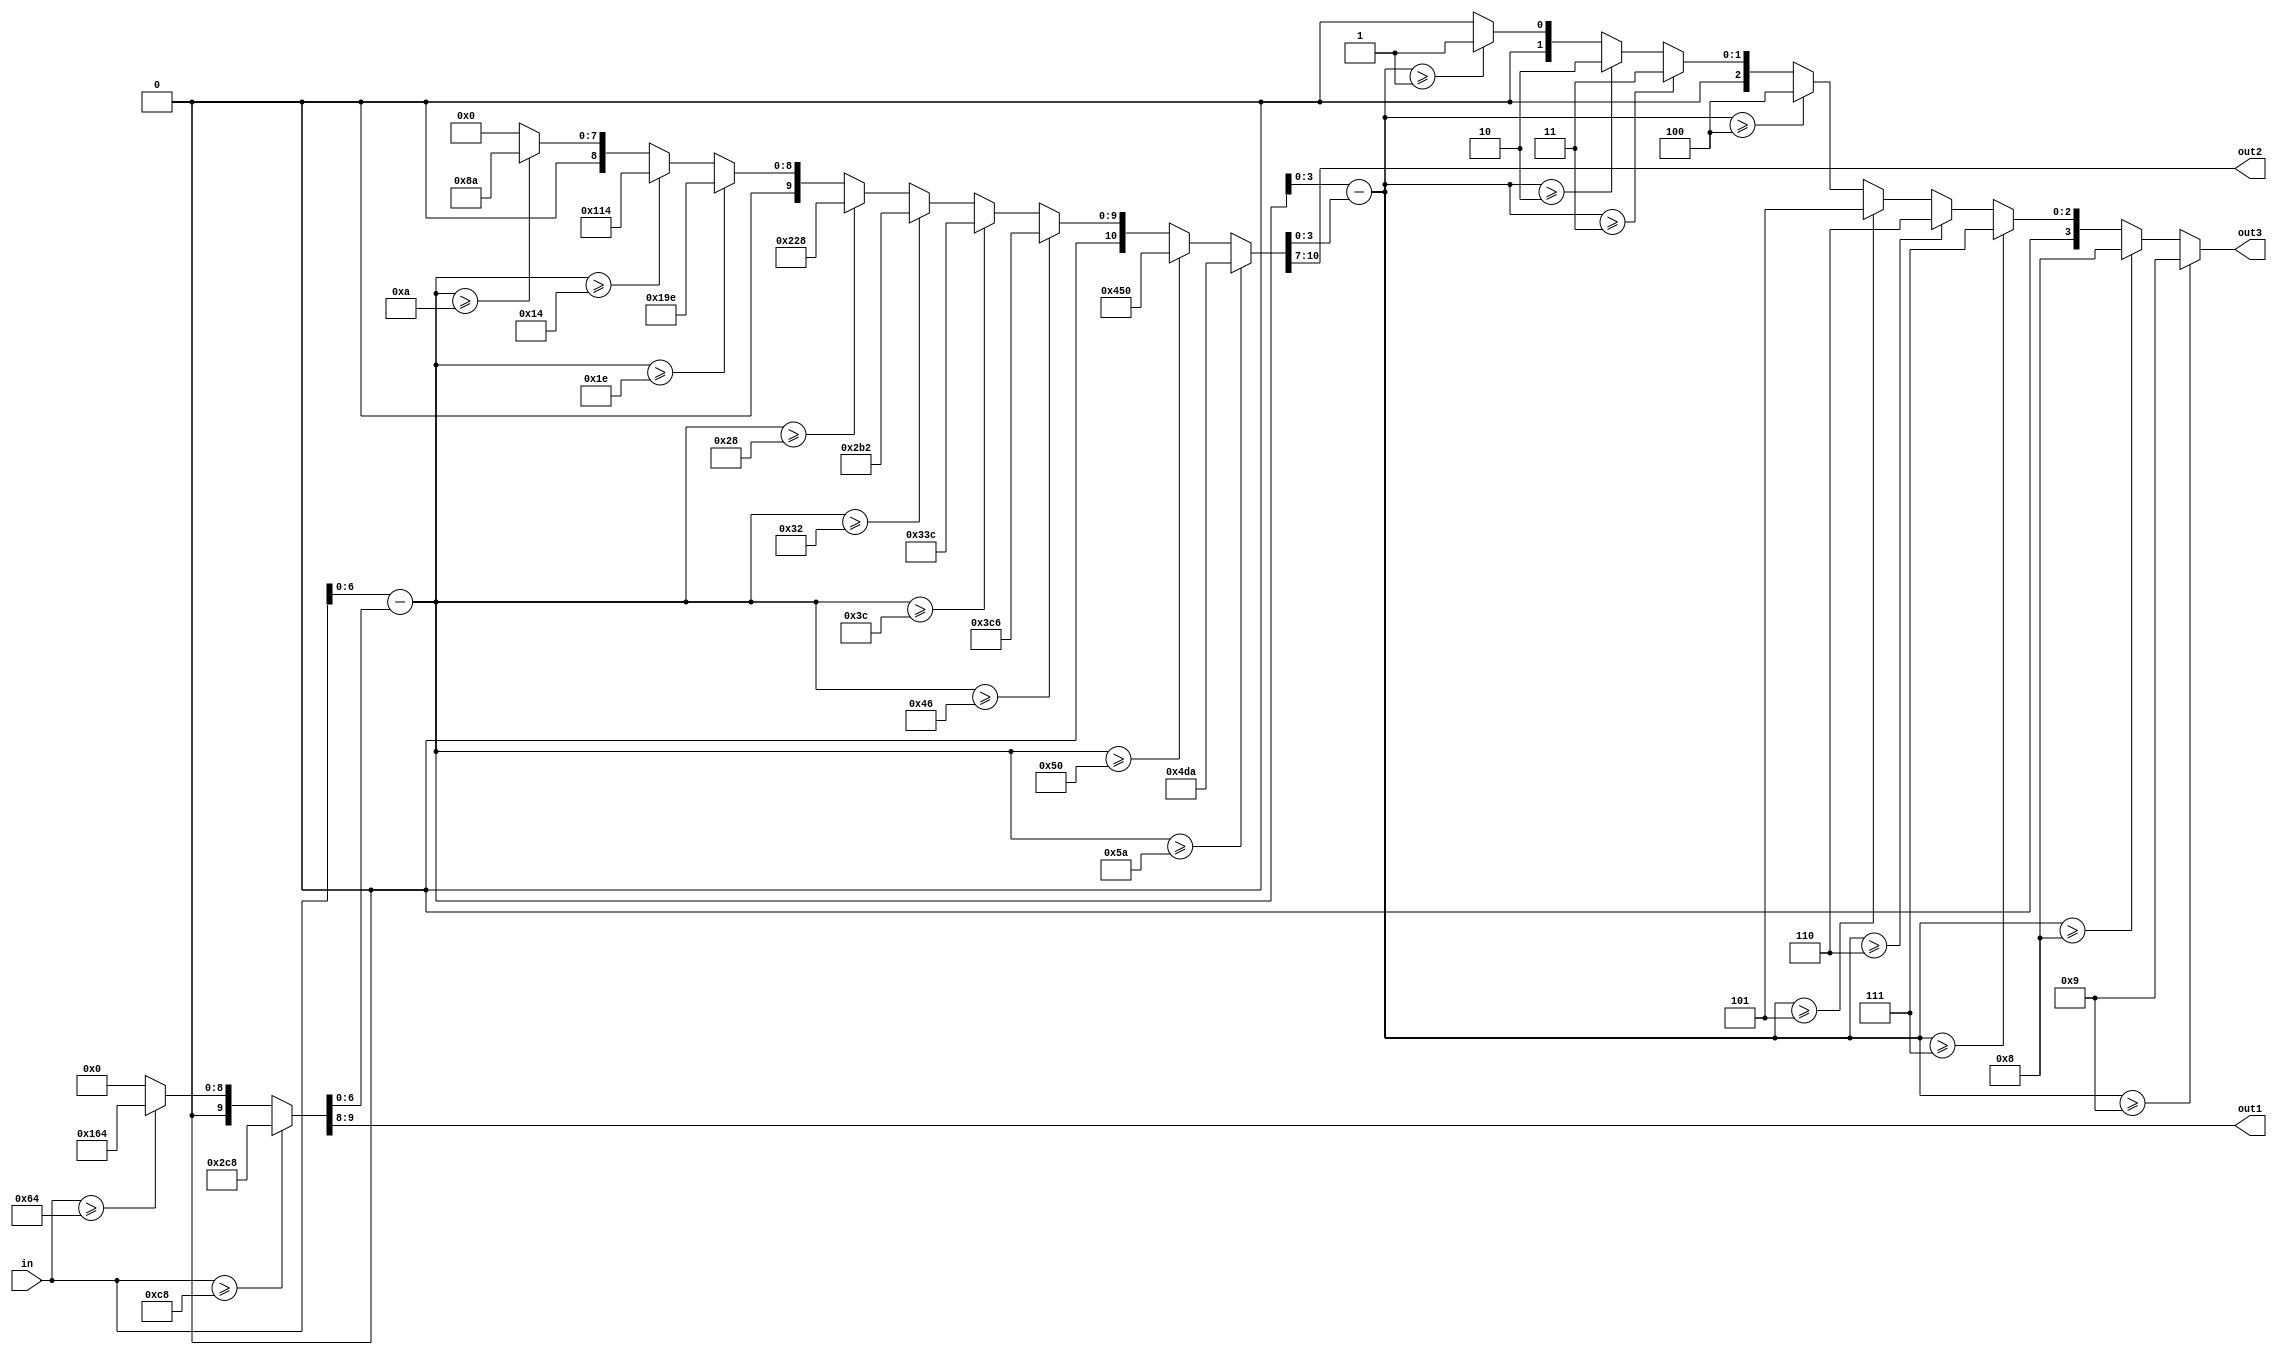
module bcd(
	input		[7:0] in,
	output	[1:0] out1,
	output	[3:0] out2,
	output	[3:0] out3
);

wire [7:0] hundreds;
assign {out1,hundreds} =
	in >= 200 ? {2'd2, 8'd200} :
	in >= 100 ? {2'd1, 8'd100} :
	{2'd0, 8'd0};

wire [6:0] h_rem = in - hundreds;

wire [6:0] tens;
assign {out2,tens} =
	h_rem >= 90 ? {4'd9, 7'd90} :
	h_rem >= 80 ? {4'd8, 7'd80} :
	h_rem >= 70 ? {4'd7, 7'd70} :
	h_rem >= 60 ? {4'd6, 7'd60} :
	h_rem >= 50 ? {4'd5, 7'd50} :
	h_rem >= 40 ? {4'd4, 7'd40} :
	h_rem >= 30 ? {4'd3, 7'd30} :
	h_rem >= 20 ? {4'd2, 7'd20} :
	h_rem >= 10 ? {4'd1, 7'd10} :
	{4'd0, 7'd0};

wire [3:0] t_rem = h_rem - tens;
assign out3 =
	t_rem >= 9 ? 4'd9 :
	t_rem >= 8 ? 4'd8 :
	t_rem >= 7 ? 4'd7 :
	t_rem >= 6 ? 4'd6 :
	t_rem >= 5 ? 4'd5 :
	t_rem >= 4 ? 4'd4 :
	t_rem >= 3 ? 4'd3 :
	t_rem >= 2 ? 4'd2 :
	t_rem >= 1 ? 4'd1 :
	4'd0;

endmodule